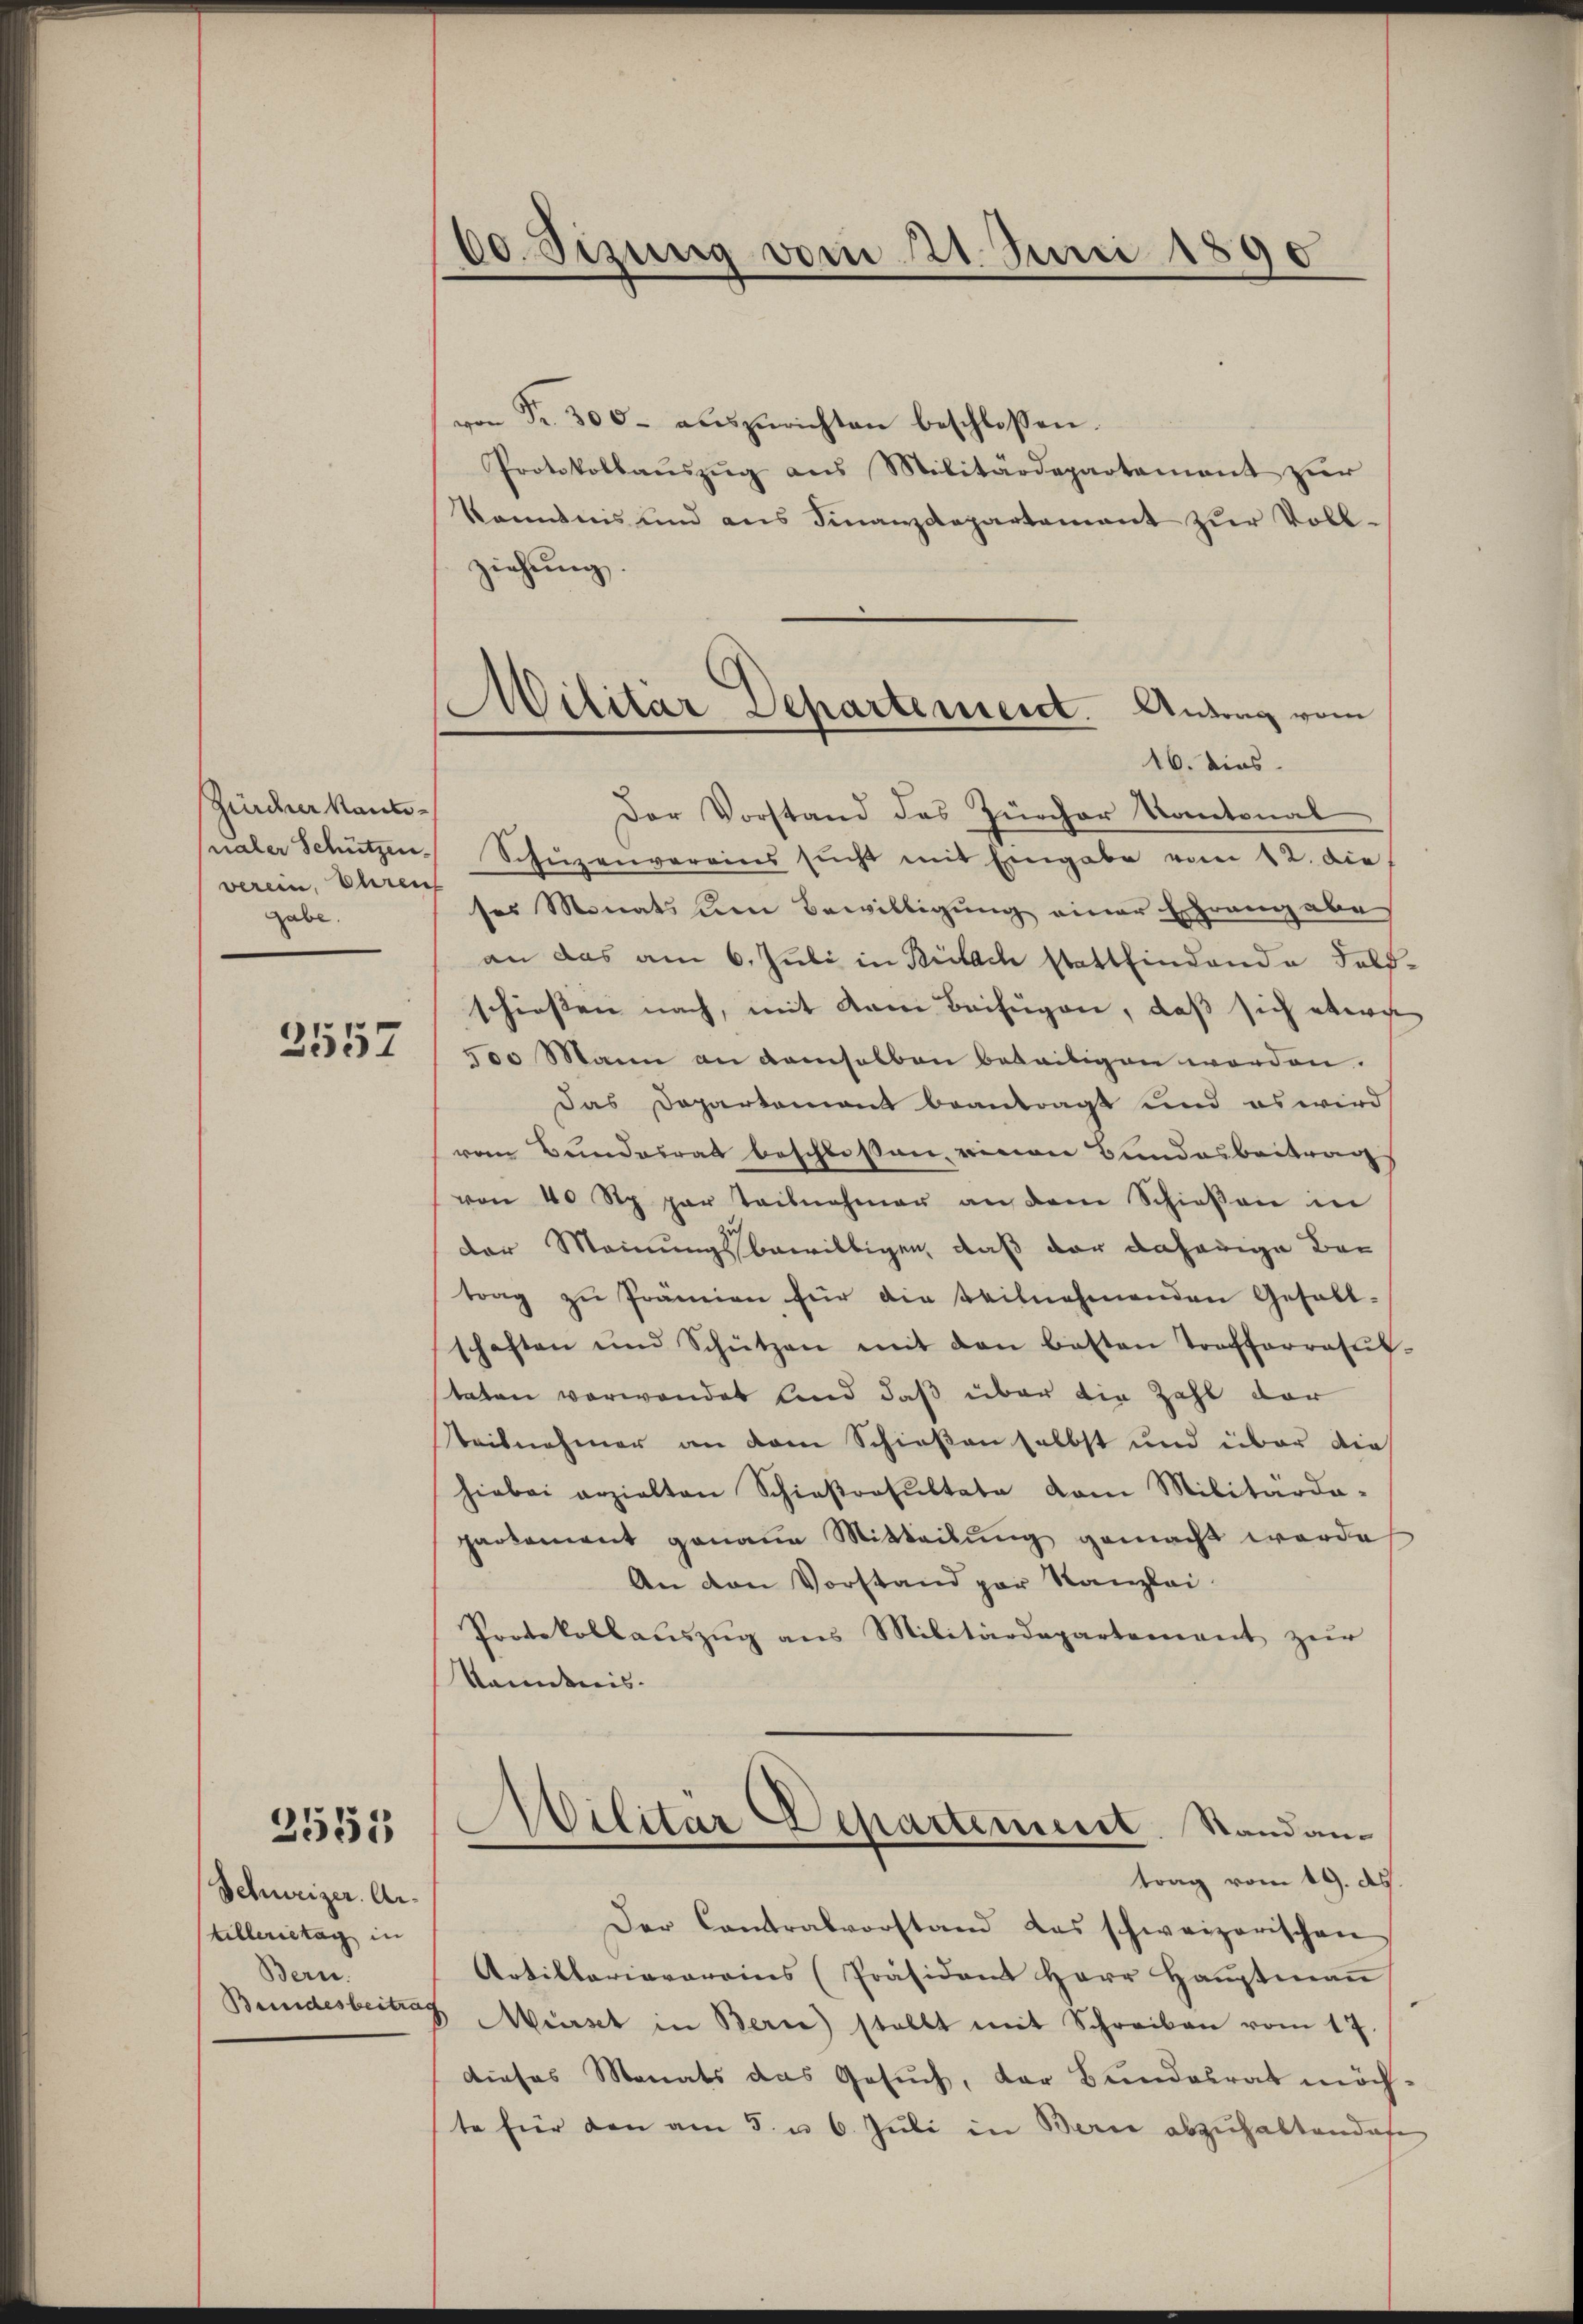
Zürcher kantverein, Ehren
gabe.
3557

2555

Schweizer. Artillerietag in
Bern.
Bundesbeitrag

60 Sizung vom 21. Juni 1890

Militär Departement. Antrag vom
16. dies

von Fr. 300. aŭszŭrichten beschlossen.
Protokollaŭszŭg ans Militärdepartement zur
känntnis und ans Finanzdepartamant zŭr Voll-
ziehung.
Der Vorstand des Zürcher Kantonal
ualer Schützen Schüzenvereins sŭcht mit Eingabe vom 12. die
ses Monats um Bewilligung einer Erfranz abe
an das am 6. Juli in Bülach stattfindende Fall
schiessen nach, mit kam Beifügen, daß sich etwa
500 Mann an demselben beseitigen worden.
Das Departement beantragt und es wird
vom Bundesrat beschlossen, einen Bundesbeitrag
von 40 Stp par Teilnahmer an dem Schieβen in
der Meinungsbewilligen, daß der daherige Betrag zŭ Prämien für die Teilnehmenden Gefall-
schaften und Schützen mit den besten Traffarratŭt.
taten verwendet sind daß über die Zahl der
Seisnehmer an dem Schießen selbst und über die
hiebei erzielten Schießrosŭltate vom Militärda-
parkoment genaue Mitteilŭng gemacht werde
An den Vorstand par Kanzlei
Protokollaŭszŭg ans Militärdepartement zŭr
kändnis.
Militar Departement. Standantrag vom 19. ds.
Der Contralvorstand das schweizerischen
Artillariavereins (Präsident Herr Hauptmaṅ
Mürst in Bern) stellt mit Schreiben vom 17.
dieses Monats das Gesuch, der Bundesrat möchte für den am 5. u 6. Juli in Bern abzuhaltendas